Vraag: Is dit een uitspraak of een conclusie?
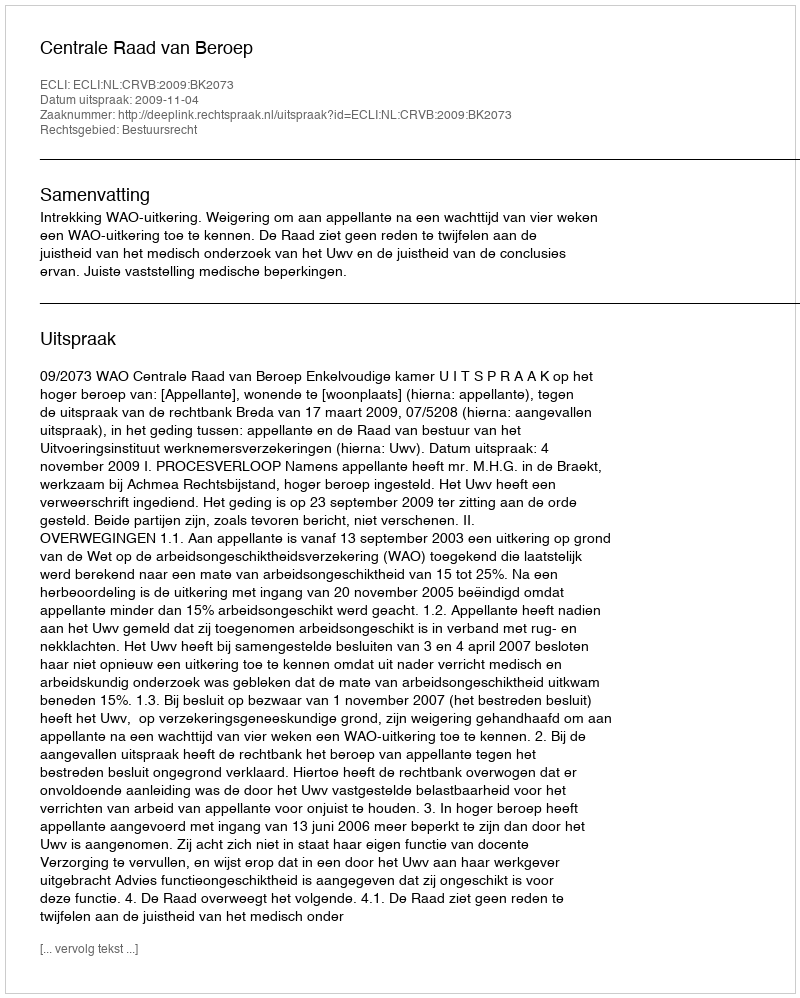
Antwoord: Uitspraak